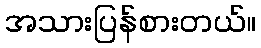
အသားပြန်စားတယ်။